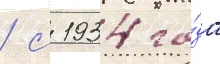
/ с 1934 го́да